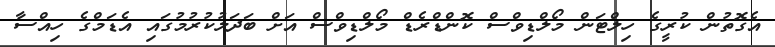
އެގޮތުން ކުރީގެ ހިލްޓަން މޯލްޑިވްސް ކޮންޑްރެޑް މޯލްޑިވްސް އަށް ބަދަލުކުރުމުގައި އެޑަމްގެ ހިއްސާ